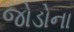
જોડોના